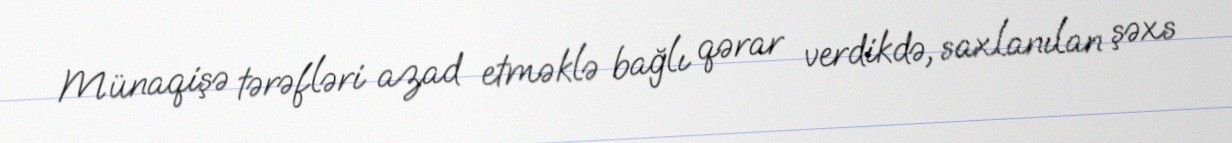
Münaqişə tərəfləri azad etməklə bağlı qərar verdikdə, saxlanılan şəxs